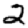
Digit: 2